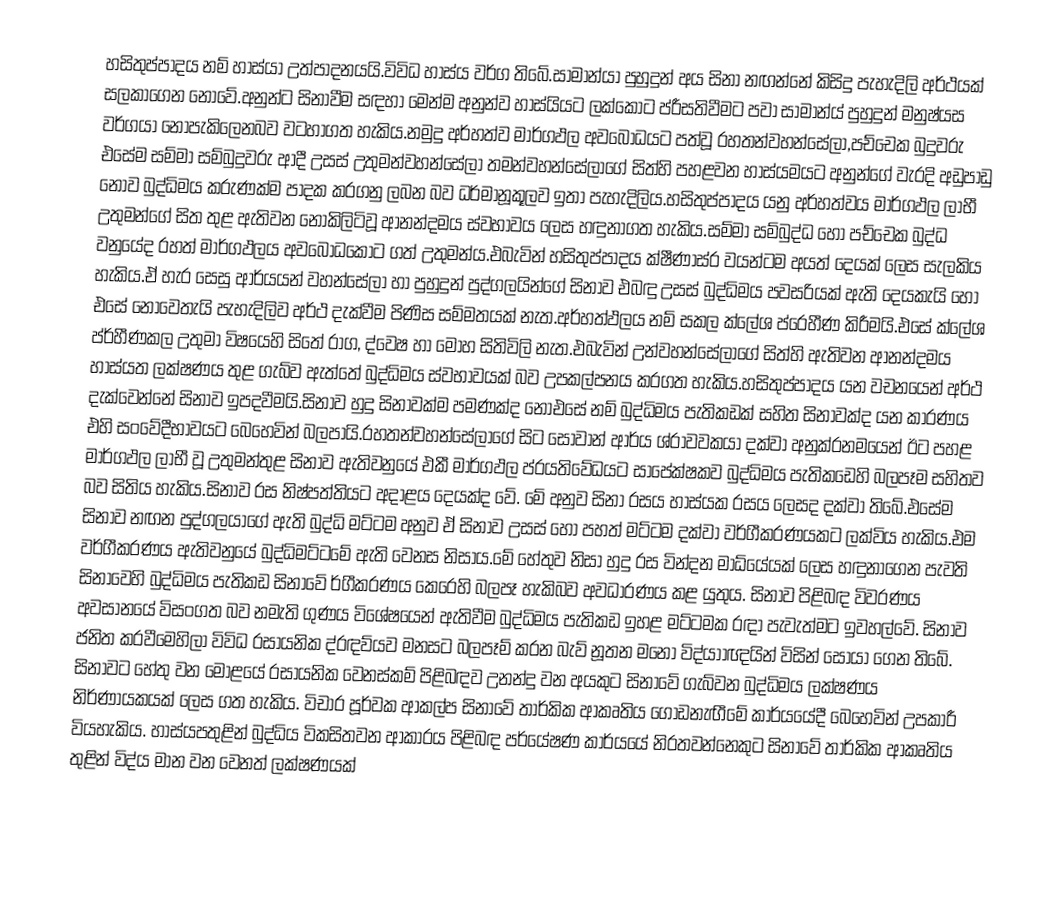
හසිතුප්පාදය නම් හාස්යා උත්පාදනයයි.විවිධ හාස්ය  වර්ග තිබේ.සාමාන්යා පුහුදුන් අය සිනා නඟන්නේ කිසිදු පැහැදිලි අර්ථයක් සලකාගෙන නොවේ.අනුන්ට සිනාවීම සඳහා මෙන්ම අනුන්ව හාස්යියට ලක්කොට ප්රීසතිවීමට පවා සාමාන්ය් පුහුදුන් මනුෂ්යස වර්ගයා නොපැකිලෙනබව වටහාගත හැකිය.නමුදු අර්හත්ව මාර්ගඵල අවබෝධයට පත්වූ රහතන්වහන්සේලා,පච්චෙක බුදුවරු එසේම සම්මා සම්බුදුවරු ආදී උසස් උතුමන්වහන්සේලා තමන්වහන්සේලාගේ සිත්හි පහළවන හාස්යමයට අනුන්ගේ වැරදි අඩුපාඩු නොව බුද්ධිමය කරුණක්ම පාදක කරගනු ලබන බව ධර්මානූකූලව ඉතා පැහැදිලිය.හසිතුප්පාදය යනු අර්හත්වය මාර්ගඵල ලාභී උතුමන්ගේ සිත තුළ ඇතිවන නොකිලිටිවූ ආනන්දමය ස්වභාවය ලෙස හඳුනාගත හැකිය.සම්මා සම්බුද්ධ හෝ පච්චෙක බුද්ධ වනුයේද රහත් මාර්ගඵලය අවබෝධකොට ගත් උතුමන්ය.එබැවින් හසිතුප්පාදය ක්ෂීණාස්ර වයන්ටම අයත් දෙයක් ලෙස සැලකිය හැකිය.ඒ හැර සෙසු ආර්යයන් වහන්සේලා හා පුහුදුන් පුද්ගලයින්ගේ සිනාව එබඳු උසස් බුද්ධිමය පවසරියක් ඇති දෙයකැයි හෝ එසේ නොවෙතැයි පැහැදිලිව අර්ථ දැක්වීම පිණිස සම්මතයක් නැත.අර්හත්ඵලය නම් සකල ක්ලේශ ප්රෙහීණ කිරීමයි.එසේ ක්ලේශ ප්ර්හීණකල උතුමා විෂයෙහි සිතේ රාග, ද්වෙෂ හා මෝහ සිතිවිලි නැත.එබැවින් උන්වහන්සේලාගේ සිත්හි ඇතිවන ආනන්දමය හාස්යත ලක්ෂණය තුළ ගැබ්ව ඇත්තේ බුද්ධිමය ස්වභාවයක් බව උපකල්පනය කරගත හැකිය.හසිතුප්පාදය යන වචනයෙන් අර්ථ දැක්වෙන්නේ සිනාව ඉපදවීමයි.සිනාව හුදු සිනාවක්ම පමණක්ද නොඑසේ නම් බුද්ධිමය පැතිකඩක් සහිත සිනාවක්ද යන කාරණය එහි සංවේදීභාවයට බෙහෙවින් බලපායි.රහතන්වහන්සේලාගේ සිට සෝවාන් ආර්ය ශ්රාවවකයා දක්වා අනුක්රනමයෙන් ඊට පහළ මාර්ගඵල ලාභී වූ උතුමන්තුළ සිනාව ඇතිවනුයේ එකී මාර්ගඵල ප්රයතිවේධයට සාපේක්ෂකව බුද්ධිමය පැතිකඩෙහි බලපෑම සහිතව බව සිතිය හැකිය.සිනාව රස නිෂ්පත්තියට අදාළය දෙයක්ද වේ. මේ අනුව සිනා රසය හාස්යක රසය ලෙසද දක්වා තිබේ.එසේම සිනාව නඟන පුද්ගලයාගේ ඇති බුද්ධි මට්ටම අනුව ඒ සිනාව උසස් හෝ පහත් මට්ටම දක්වා වර්ගීකරණයකට ලක්විය හැකිය.එම වර්ගීකරණය ඇතිවනුයේ බුද්ධිමට්ටමේ ඇති වෙනස නිසාය.මේ හේතුව නිසා හුදු රස වින්දන මාධ්යේයක් ලෙස හඳුනාගෙන පැවති සිනාවෙහි බුද්ධිමය පැතිකඩ සිනාවේ ර්ගීකරණය කෙරෙහි බලපෑ හැකිබව අවධාරණය කළ යුතුය. සිනාව පිළිබඳ විවරණය අවසානයේ විසංගත බව නමැති ගුණය විශේෂයෙන් ඇතිවීම බුද්ධිමය පැතිකඩ ඉහළ මට්ටමක රඳා පැවැත්මට ඉවහල්වේ. සිනාව ජනිත කරවීමෙහිලා විවිධ රසායනික ද්රඳව්යව මනසට බලපෑම් කරන බැව් නූතන මනෝ විද්යාාඥයින් විසින් සොයා ගෙන තිබේ. සිනාවට හේතු වන මොළයේ රසායනික වෙනස්‌කම් පිළිබඳව උනන්දු වන අයකුට සිනාවේ ගැබ්වන බුද්ධිමය ලක්‌ෂණය නිර්ණායකයක් ලෙස ගත හැකිය. විචාර පූර්වක ආකල්ප සිනාවේ තාර්කික ආකෘතිය ගොඩනැඟීමේ කාර්යයේදී බෙහෙවින් උපකාරී වියහැකිය. හාස්යපතුළින් බුද්ධිය විකසිතවන ආකාරය පිළිබඳ පර්යේෂණ කාර්යයේ නිරතවන්නෙකුට සිනාවේ තාර්කික ආකෘතිය තුළින් විද්ය මාන වන වෙනත් ලක්‌ෂණයක්‌